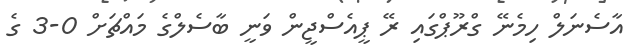
އާސެނަލް ހިމެނޭ ގްރޫޕްގައި ރޭ ޕީއެސްޖީން ވަނީ ބާސެލްގެ މައްޗަށް 0-3 ގެ